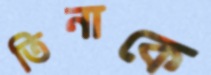
তিনাকে